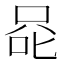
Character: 𰇨